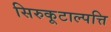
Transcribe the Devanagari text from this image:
सिरुकूटाल्पत्ति